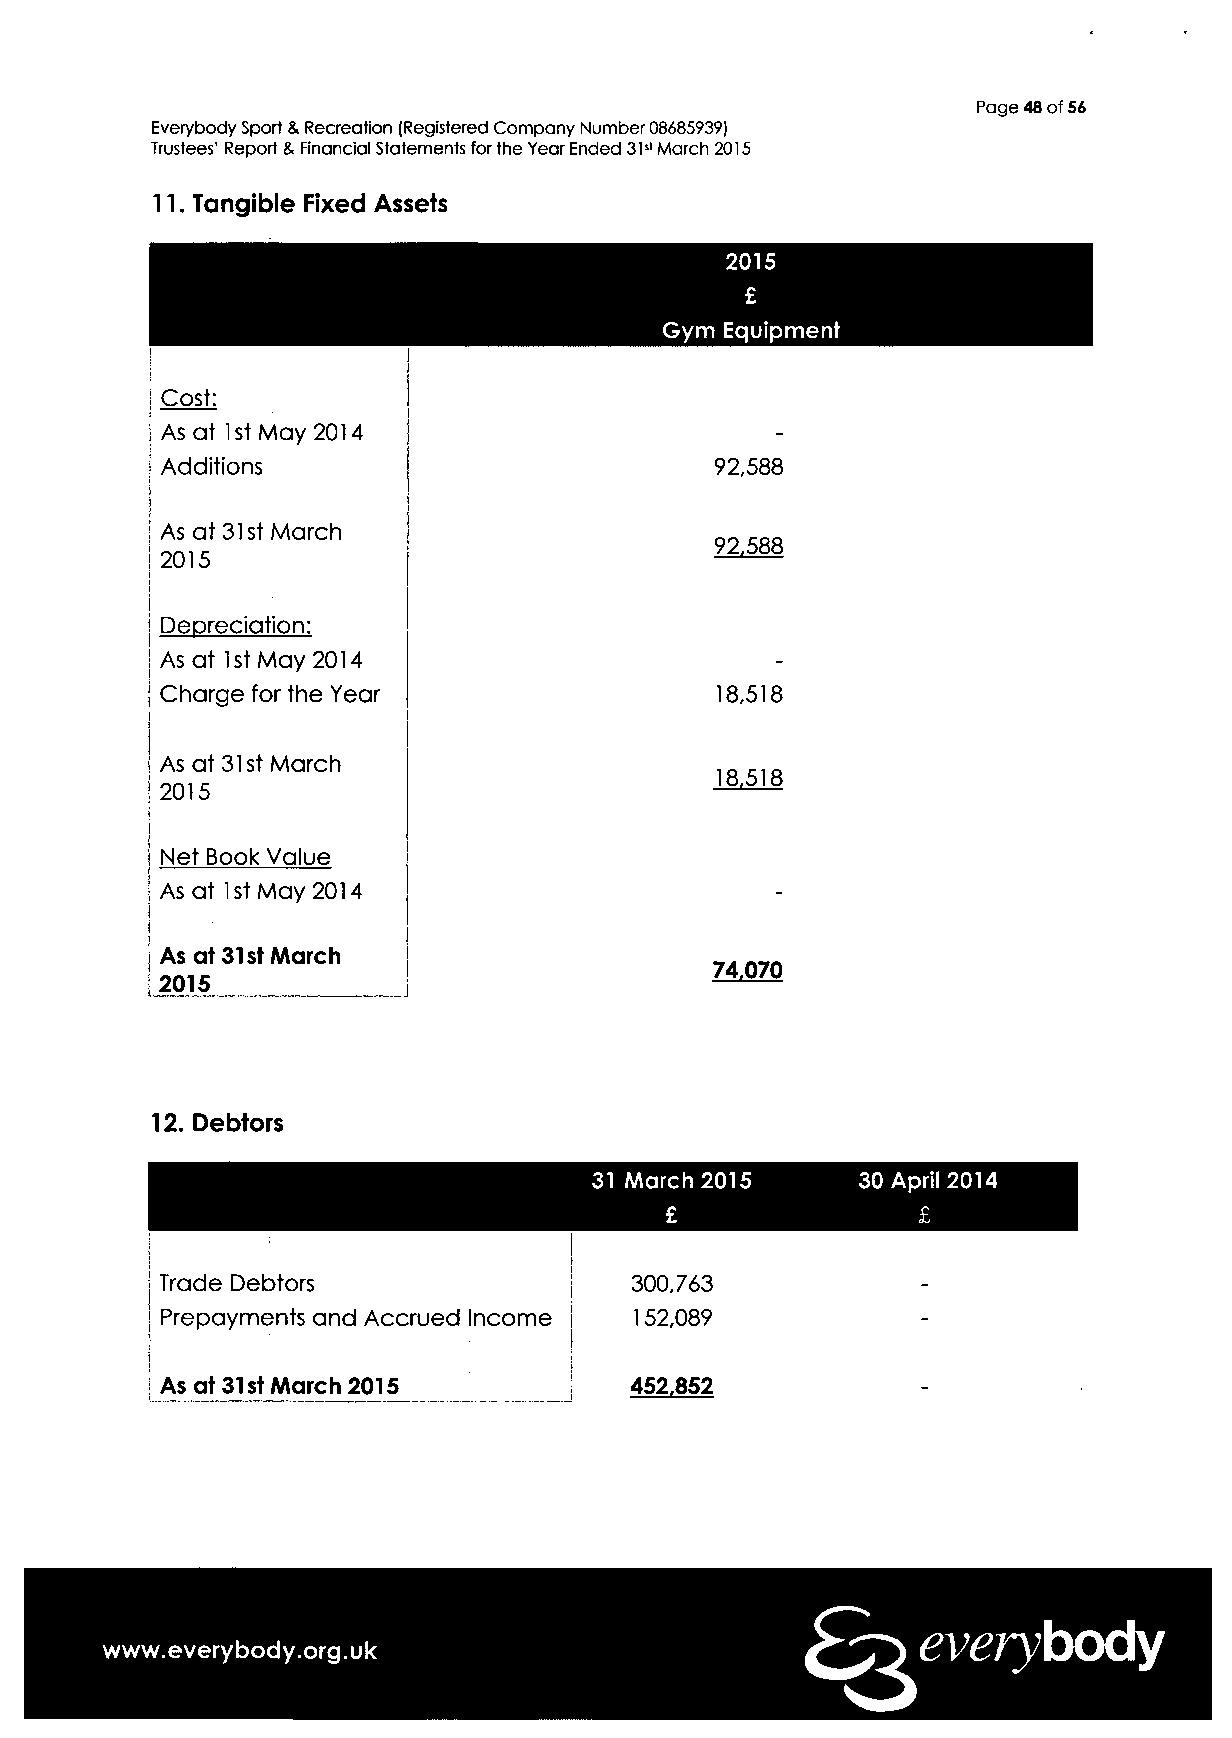
Page 48 of 56
 Everybody Sport & Recreation (Registered Company Number 08685939)
 Trustees' Report & Financial Statements for the Year Ended 31st March 2015
 11. Tangible Fixed Assets
 2015
 £
 Gym Equipment
 Cost:
 As at 1st May 2014                      -
 Additions                           92,588
 As at 31st March
 9922,,558888
 2015
 Depreciation:
 As at 1st May 2014                      -
 Charge for the Year                 18,518
 As at 31st March
 1188,,551188
 2015
 Net Book Value
 As at 1st May 2014                      -
 As at 31st March
 7744..007700
 2015
 12. Debtors
 31 March 2015     30 April 2014
 £                £
 Trade Debtors                  300,763
 Prepayments and Accrued Income 152,089            -
 As at 31st March 2015          452,852            -
 www.everybody.org.uk